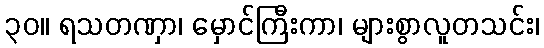
၃၀။ ရသတဏှာ၊ မှောင်ကြီးကာ၊ များစွာလူတသင်း၊